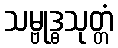
သမ္ဗုဒ္ဓသုတ္တံ